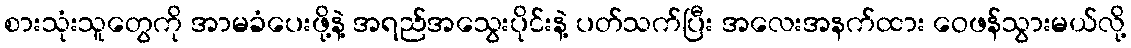
စားသုံးသူတွေကို အာမခံပေးဖို့နဲ့ အရည်အသွေးပိုင်းနဲ့ ပတ်သက်ပြီး အလေးအနက်ထား ဝေဖန်သွားမယ်လို့